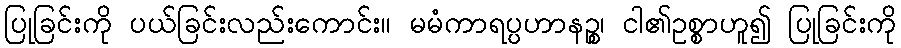
ပြုခြင်းကို ပယ်ခြင်းလည်းကောင်း။ မမံကာရပ္ပဟာနဉ္စ၊ ငါ၏ဥစ္စာဟူ၍ ပြုခြင်းကို